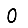
Digit: 0